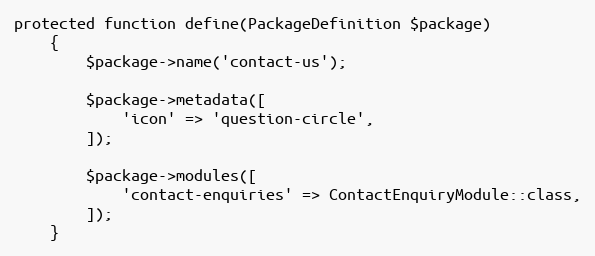
Language: PHP
protected function define(PackageDefinition $package)
    {
        $package->name('contact-us');

        $package->metadata([
            'icon' => 'question-circle',
        ]);

        $package->modules([
            'contact-enquiries' => ContactEnquiryModule::class,
        ]);
    }